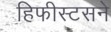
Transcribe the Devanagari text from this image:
हिफीस्टसने